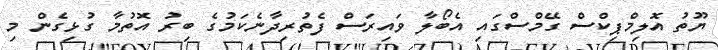
ޔޫތު އޮލިމްޕިކްސް ގޭމްސްގައި އެބޯލާ ވައިރަސް ފެތުރިދާނެކަމުގެ ބިރު އޮތުމާ ގުޅިގެން މި